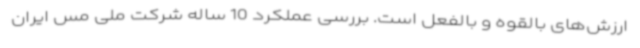
ارزش‌های بالقوه و بالفعل است. بررسی عملکرد 10 ساله شرکت ملی مس ایران